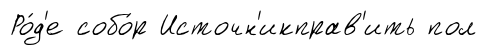
Ро́д'е собо́р Источн'икправ'ить пол